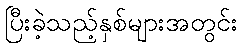
ပြီးခဲ့သည့်နှစ်များအတွင်း